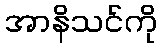
အာနိသင်ကို